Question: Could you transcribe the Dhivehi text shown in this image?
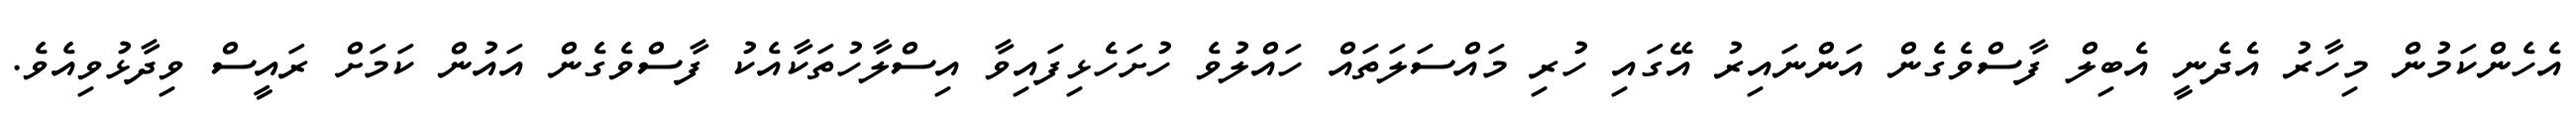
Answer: އެހެންކަމުން މިހާރު އެދެނީ އެބިލް ފާސްވެގެން އަންނައިރު އޭގައި ހުރި މައްސަލަތައް ހައްލުވެ ހުށަހެޅިފައިވާ އިސްލާހުތަކާއެކު ފާސްވެގެން އައުން ކަމަށް ރައީސް ވިދާޅުވިއެވެ.